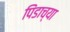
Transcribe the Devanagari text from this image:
पिंडाच्या